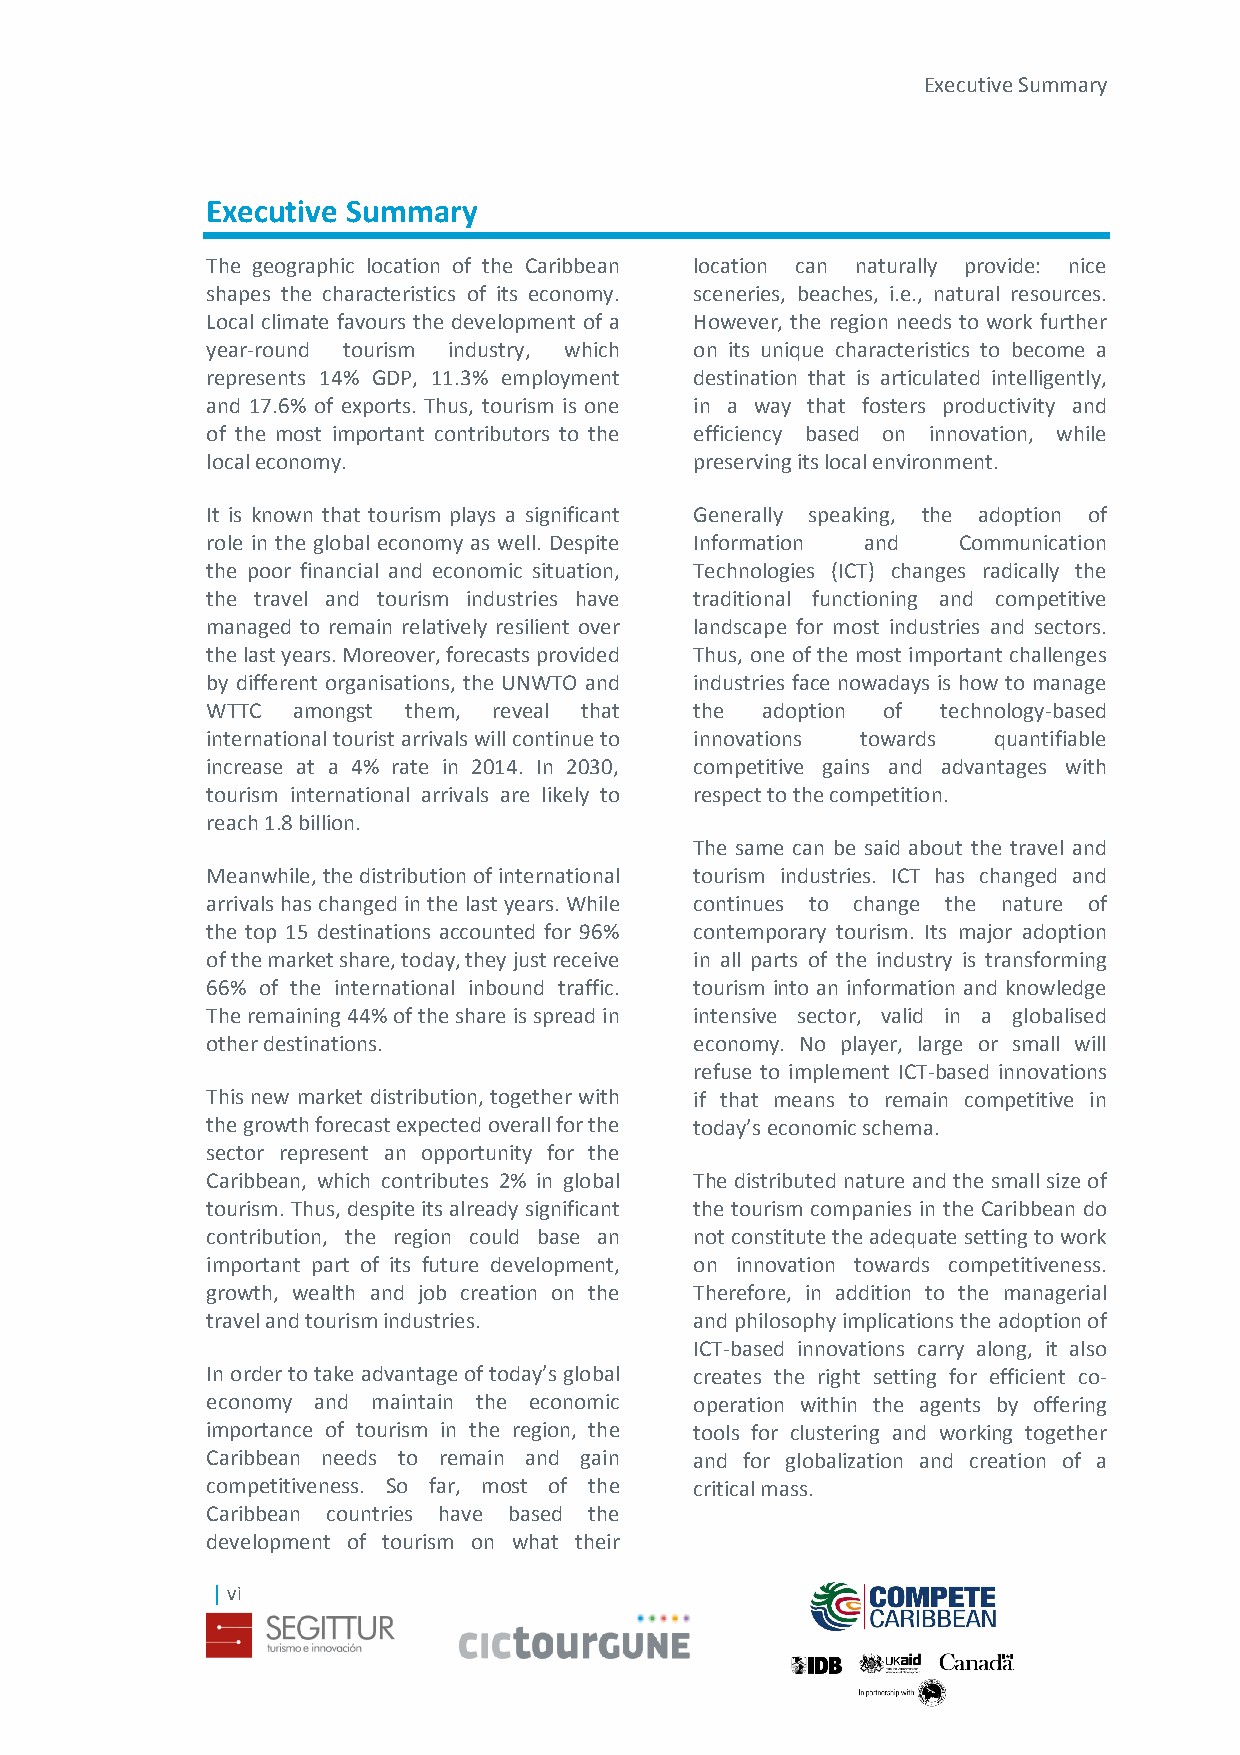
Executive Summary
 Executive Summary
 The geographic location of the Caribbean location can naturally provide: nice
 shapes the characteristics of its economy. sceneries, beaches, i.e., natural resources.
 Local climate favours the development of a However, the region needs to work further
 year-round tourism industry, which on its unique characteristics to become a
 represents 14% GDP, 11.3% employment destination that is articulated intelligently,
 and 17.6% of exports. Thus, tourism is one in a way that fosters productivity and
 of the most important contributors to the efficiency based on innovation, while
 local economy.                  preserving its local environment.
 It is known that tourism plays a significant Generally speaking, the adoption of
 role in the global economy as well. Despite Information and Communication
 the poor financial and economic situation, Technologies (ICT) changes radically the
 the travel and tourism industries have traditional functioning and competitive
 managed to remain relatively resilient over landscape for most industries and sectors.
 the last years. Moreover, forecasts provided Thus, one of the most important challenges
 by different organisations, the UNWTO and industries face nowadays is how to manage
 WTTC amongst them, reveal that  the adoption of technology-based
 international tourist arrivals will continue to innovations towards quantifiable
 increase at a 4% rate in 2014. In 2030, competitive gains and advantages with
 tourism international arrivals are likely to respect to the competition.
 reach 1.8 billion.
 The same can be said about the travel and
 Meanwhile, the distribution of international tourism industries. ICT has changed and
 arrivals has changed in the last years. While continues to change the nature of
 the top 15 destinations accounted for 96% contemporary tourism. Its major adoption
 of the market share, today, they just receive in all parts of the industry is transforming
 66% of the international inbound traffic. tourism into an information and knowledge
 The remaining 44% of the share is spread in intensive sector, valid in a globalised
 other destinations.             economy. No player, large or small will
 refuse to implement ICT-based innovations
 This new market distribution, together with if that means to remain competitive in
 the growth forecast expected overall for the today’s economic schema.
 sector represent an opportunity for the
 Caribbean, which contributes 2% in global The distributed nature and the small size of
 tourism. Thus, despite its already significant the tourism companies in the Caribbean do
 contribution, the region could base an not constitute the adequate setting to work
 important part of its future development, on innovation towards competitiveness.
 growth, wealth and job creation on the Therefore, in addition to the managerial
 travel and tourism industries.  and philosophy implications the adoption of
 ICT-based innovations carry along, it also
 In order to take advantage of today’s global creates the right setting for efficient co-
 economy and maintain the economic operation within the agents by offering
 importance of tourism in the region, the tools for clustering and working together
 Caribbean needs to remain and gain and for globalization and creation of a
 competitiveness. So far, most of the critical mass.
 Caribbean countries have based the
 development of tourism on what their
 | vi